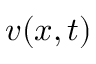
\boldsymbol { v } ( \boldsymbol { x } , t )